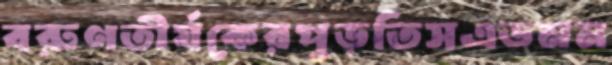
বরুণতীর্যকেরপুড়তিসএডমন